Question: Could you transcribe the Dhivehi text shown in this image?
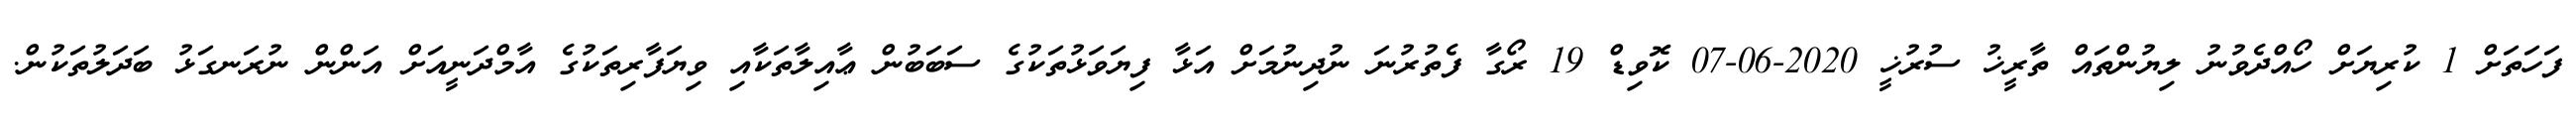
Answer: ފަހަތަށް 1 ކުރިޔަށް ހޯއްދެވުނު ލިޔުންތައް ތާރީޚު ސުރުޚީ 2020-06-07 ކޮވިޑް 19 ރޯގާ ފެތުރުނަ ނުދިނުމަށް އަޅާ ފިޔަވަޅުތަކުގެ ސަބަބުން ޢާއިލާތަކާއި ވިޔަފާރިތަކުގެ އާމްދަނީއަށް އަންން ނުރަނގަޅު ބަދަލުތަކުން.